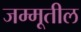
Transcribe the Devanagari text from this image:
जम्मूतील